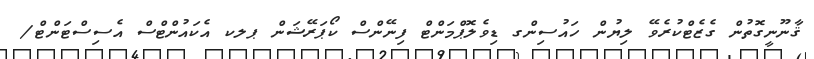
ޤާނޫނީގޮތުން ގެޒެޓްކުރެވޭ ލިޔުން ހައުސިންގ ޑިވެލޮޕްމަންޓް ފިނޭންސް ކޯޕަރޭޝަން ޕލކ އެކައުންޓްސް އެސިސްޓަންޓް/